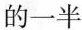
的一半